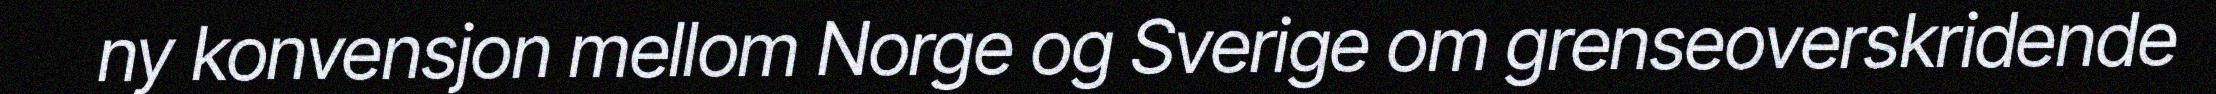
ny konvensjon mellom Norge og Sverige om grenseoverskridende